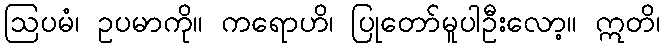
ဩပမံ၊ ဥပမာကို။ ကရောဟိ၊ ပြုတော်မူပါဦးလော့။ ဣတိ၊